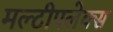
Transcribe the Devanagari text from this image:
मल्टीपलेक्स